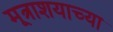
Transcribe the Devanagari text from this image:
मूत्राशयाच्या